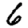
Digit: 6